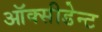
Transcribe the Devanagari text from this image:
ऑक्सीडेन्ट